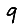
Digit: 9